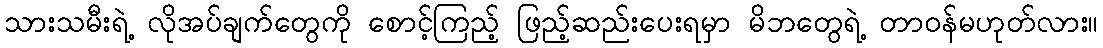
သားသမီးရဲ့ လိုအပ်ချက်တွေကို စောင့်ကြည့် ဖြည့်ဆည်းပေးရမှာ မိဘတွေရဲ့ တာဝန်မဟုတ်လား။